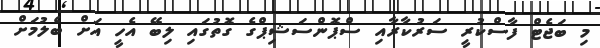
މި ބަޖެޓް ފާސްކުރީ ސަރުކާރާއި ސްޕޮންސަޝިޕްގެ ގޮތުގައި ލިބޭ އެހީ އަށް ބެލުމަށް